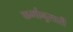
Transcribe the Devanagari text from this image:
कर्मानुसारी